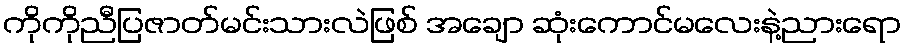
ကိုကိုညီပြဇာတ်မင်းသားလဲဖြစ် အချော ဆုံးကောင်မလေးနဲ့ညားရော